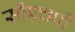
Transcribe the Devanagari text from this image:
सीएचपी